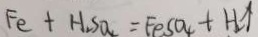
F e + H _ { 2 } S O _ { 4 } = F e S O _ { 4 } + H _ { 2 } \uparrow